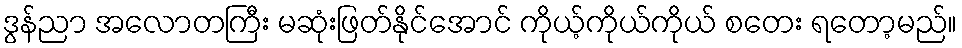
ဒွန်ညာ အလောတကြီး မဆုံးဖြတ်နိုင်အောင် ကိုယ့်ကိုယ်ကိုယ် စတေး ရတော့မည်။